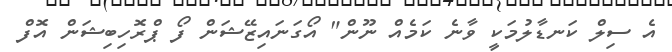
އެ ސިލް ކަނޑާލުމަކީ ވާނެ ކަމެއް ނޫން" އޯގަނައިޒޭޝަން ފޯ ޕްރޮހިބިޝަން އޮފް